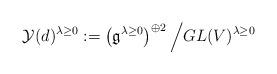
LaTeX: \begin{align*} \mathcal{Y}(d)^{\lambda \geq 0}:= \left(\mathfrak{g}^{\lambda \geq 0}\right)^{\oplus 2}\Big/GL(V)^{\lambda \geq 0} \end{align*}